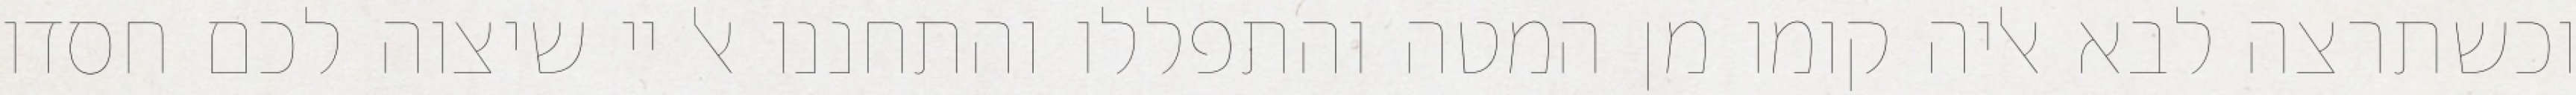
וכשתרצה לבא אליה קומו מן המטה והתפללו והתחננו אל יי שיצוה לכם חסדו